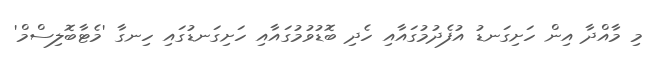
މި މާއްދާ އިން ހަށިގަނޑު އުފެދުމުގައާއި ހެދި ބޮޑުވުމުގައާއި ހަށިގަނޑުގައި ހިނގާ 'މެޓާބޮލިސްމް'